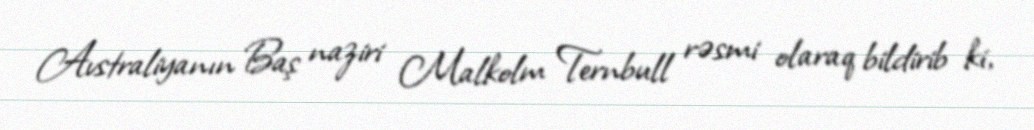
Avstraliyanın Baş naziri Malkolm Ternbull rəsmi olaraq bildirib ki,